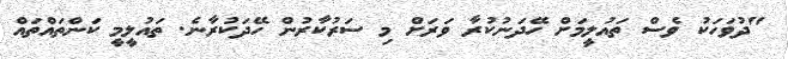
"ދުވަހަކު ވެސް ތައުލީމަށް ހޭދަނުކުރާ ވަރަށް މި ސަރުކާރުން ހޭދަކުރާނެ. ތައުލީމީ ކަންތައްތައް